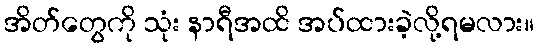
အိတ်တွေကို သုံး နာရီအထိ အပ်ထားခဲ့လို့ရမလား။